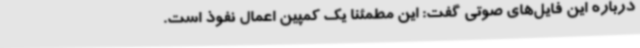
درباره این فایل‌های صوتی گفت: این مطمئنا یک کمپین اعمال نفوذ است.